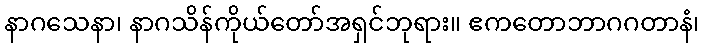
နာဂသေနာ၊ နာဂသိန်ကိုယ်တော်အရှင်ဘုရား။ ဧကတောဘာဂဂတာနံ၊